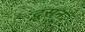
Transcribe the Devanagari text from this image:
दूसन